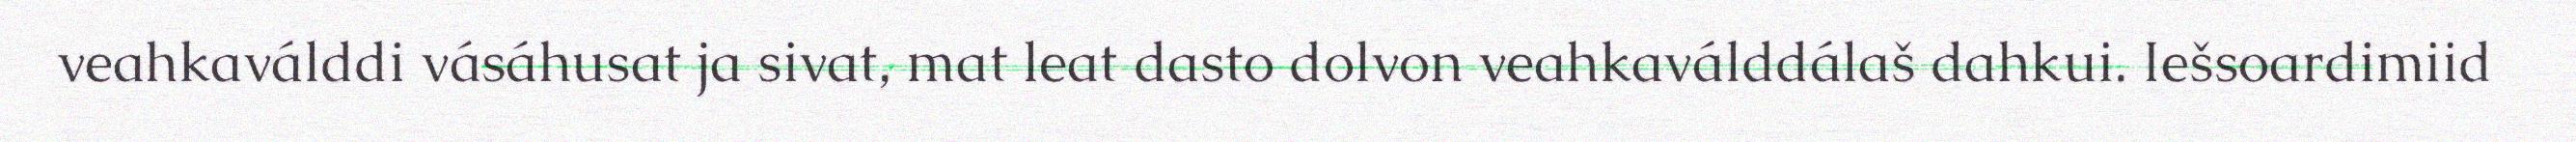
veahkaválddi vásáhusat ja sivat, mat leat dasto dolvon veahkaválddálaš dahkui. Iešsoardimiid